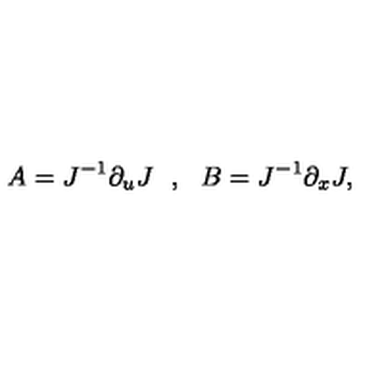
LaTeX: A = J ^ { - 1 } \partial _ { u } J \: \: \: , \: \: \: B = J ^ { - 1 } \partial _ { x } J ,